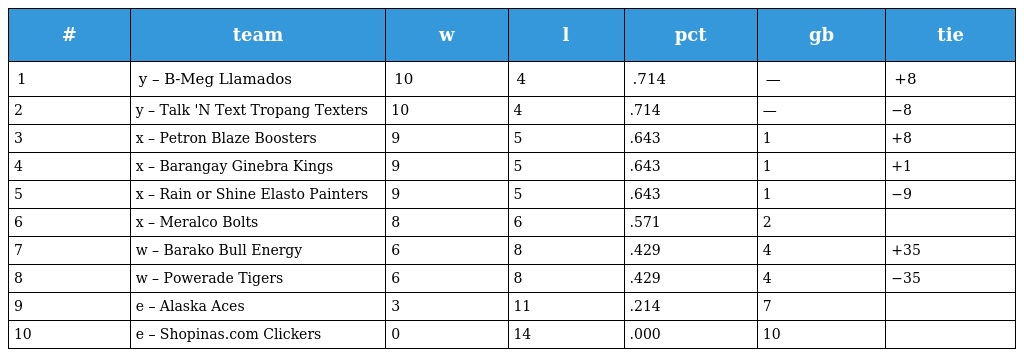
| # | team | w | l | pct | gb | tie |
 | --- | --- | --- | --- | --- | --- | --- |
 | 1 | y – B-Meg Llamados | 10 | 4 | .714 | — | +8 |
 | 2 | y – Talk 'N Text Tropang Texters | 10 | 4 | .714 | — | −8 |
 | 3 | x – Petron Blaze Boosters | 9 | 5 | .643 | 1 | +8 |
 | 4 | x – Barangay Ginebra Kings | 9 | 5 | .643 | 1 | +1 |
 | 5 | x – Rain or Shine Elasto Painters | 9 | 5 | .643 | 1 | −9 |
 | 6 | x – Meralco Bolts | 8 | 6 | .571 | 2 |  |
 | 7 | w – Barako Bull Energy | 6 | 8 | .429 | 4 | +35 |
 | 8 | w – Powerade Tigers | 6 | 8 | .429 | 4 | −35 |
 | 9 | e – Alaska Aces | 3 | 11 | .214 | 7 |  |
 | 10 | e – Shopinas.com Clickers | 0 | 14 | .000 | 10 |  |